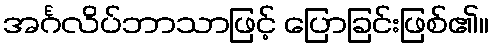
အင်္ဂလိပ်ဘာသာဖြင့် ပြောခြင်းဖြစ်၏။